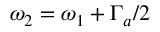
\omega _ { 2 } = \omega _ { 1 } + \Gamma _ { a } / 2